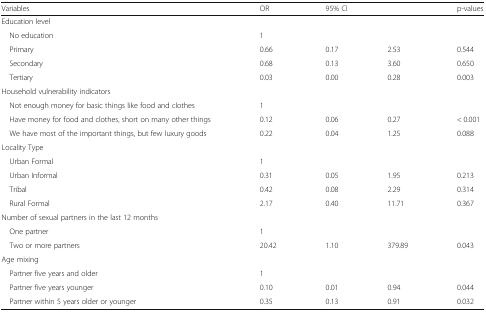
<table><thead><tr><td><b>Variables</b></td><td><b>OR</b></td><td colspan="2"><b>95% CI</b></td><td><b>p-values</b></td></tr></thead><tbody><tr><td colspan="5">Education level</td></tr><tr><td> No education</td><td>1</td><td></td><td></td><td></td></tr><tr><td> Primary</td><td>0.66</td><td>0.17</td><td>2.53</td><td>0.544</td></tr><tr><td> Secondary</td><td>0.68</td><td>0.13</td><td>3.60</td><td>0.650</td></tr><tr><td> Tertiary</td><td>0.03</td><td>0.00</td><td>0.28</td><td>0.003</td></tr><tr><td colspan="5">Household vulnerability indicators</td></tr><tr><td> Not enough money for basic things like food and clothes</td><td>1</td><td></td><td></td><td></td></tr><tr><td> Have money for food and clothes, short on many other things</td><td>0.12</td><td>0.06</td><td>0.27</td><td>&lt; 0.001</td></tr><tr><td> We have most of the important things, but few luxury goods</td><td>0.22</td><td>0.04</td><td>1.25</td><td>0.088</td></tr><tr><td colspan="5">Locality Type</td></tr><tr><td> Urban Formal</td><td>1</td><td></td><td></td><td></td></tr><tr><td> Urban Informal</td><td>0.31</td><td>0.05</td><td>1.95</td><td>0.213</td></tr><tr><td> Tribal</td><td>0.42</td><td>0.08</td><td>2.29</td><td>0.314</td></tr><tr><td> Rural Formal</td><td>2.17</td><td>0.40</td><td>11.71</td><td>0.367</td></tr><tr><td colspan="5">Number of sexual partners in the last 12 months</td></tr><tr><td> One partner</td><td>1</td><td></td><td></td><td></td></tr><tr><td> Two or more partners</td><td>20.42</td><td>1.10</td><td>379.89</td><td>0.043</td></tr><tr><td colspan="5">Age mixing</td></tr><tr><td> Partner five years and older</td><td>1</td><td></td><td></td><td></td></tr><tr><td> Partner five years younger</td><td>0.10</td><td>0.01</td><td>0.94</td><td>0.044</td></tr><tr><td> Partner within 5 years older or younger</td><td>0.35</td><td>0.13</td><td>0.91</td><td>0.032</td></tr></tbody></table>